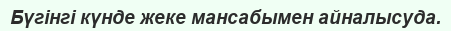
Бүгінгі күнде жеке мансабымен айналысуда.